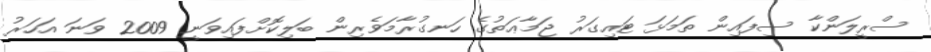
ސްރީލަންކާ ސިފައިން ތަމަޅަ ޓައިގަރު ޖަމާޢަތުގެ ހަނގުރާމަވެރިން ބަލިކޮށްފައިވަނީ 2009 ވަނަ އަހަރު